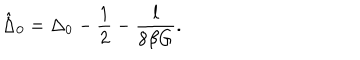
\hat { \Delta } _ { 0 } = \Delta _ { 0 } - \frac { 1 } { 2 } - \frac { l } { 8 \beta G } .